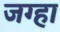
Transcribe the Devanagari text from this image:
जग्हा